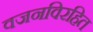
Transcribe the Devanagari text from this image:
वजनविरहित